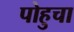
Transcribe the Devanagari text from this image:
पोहुचा